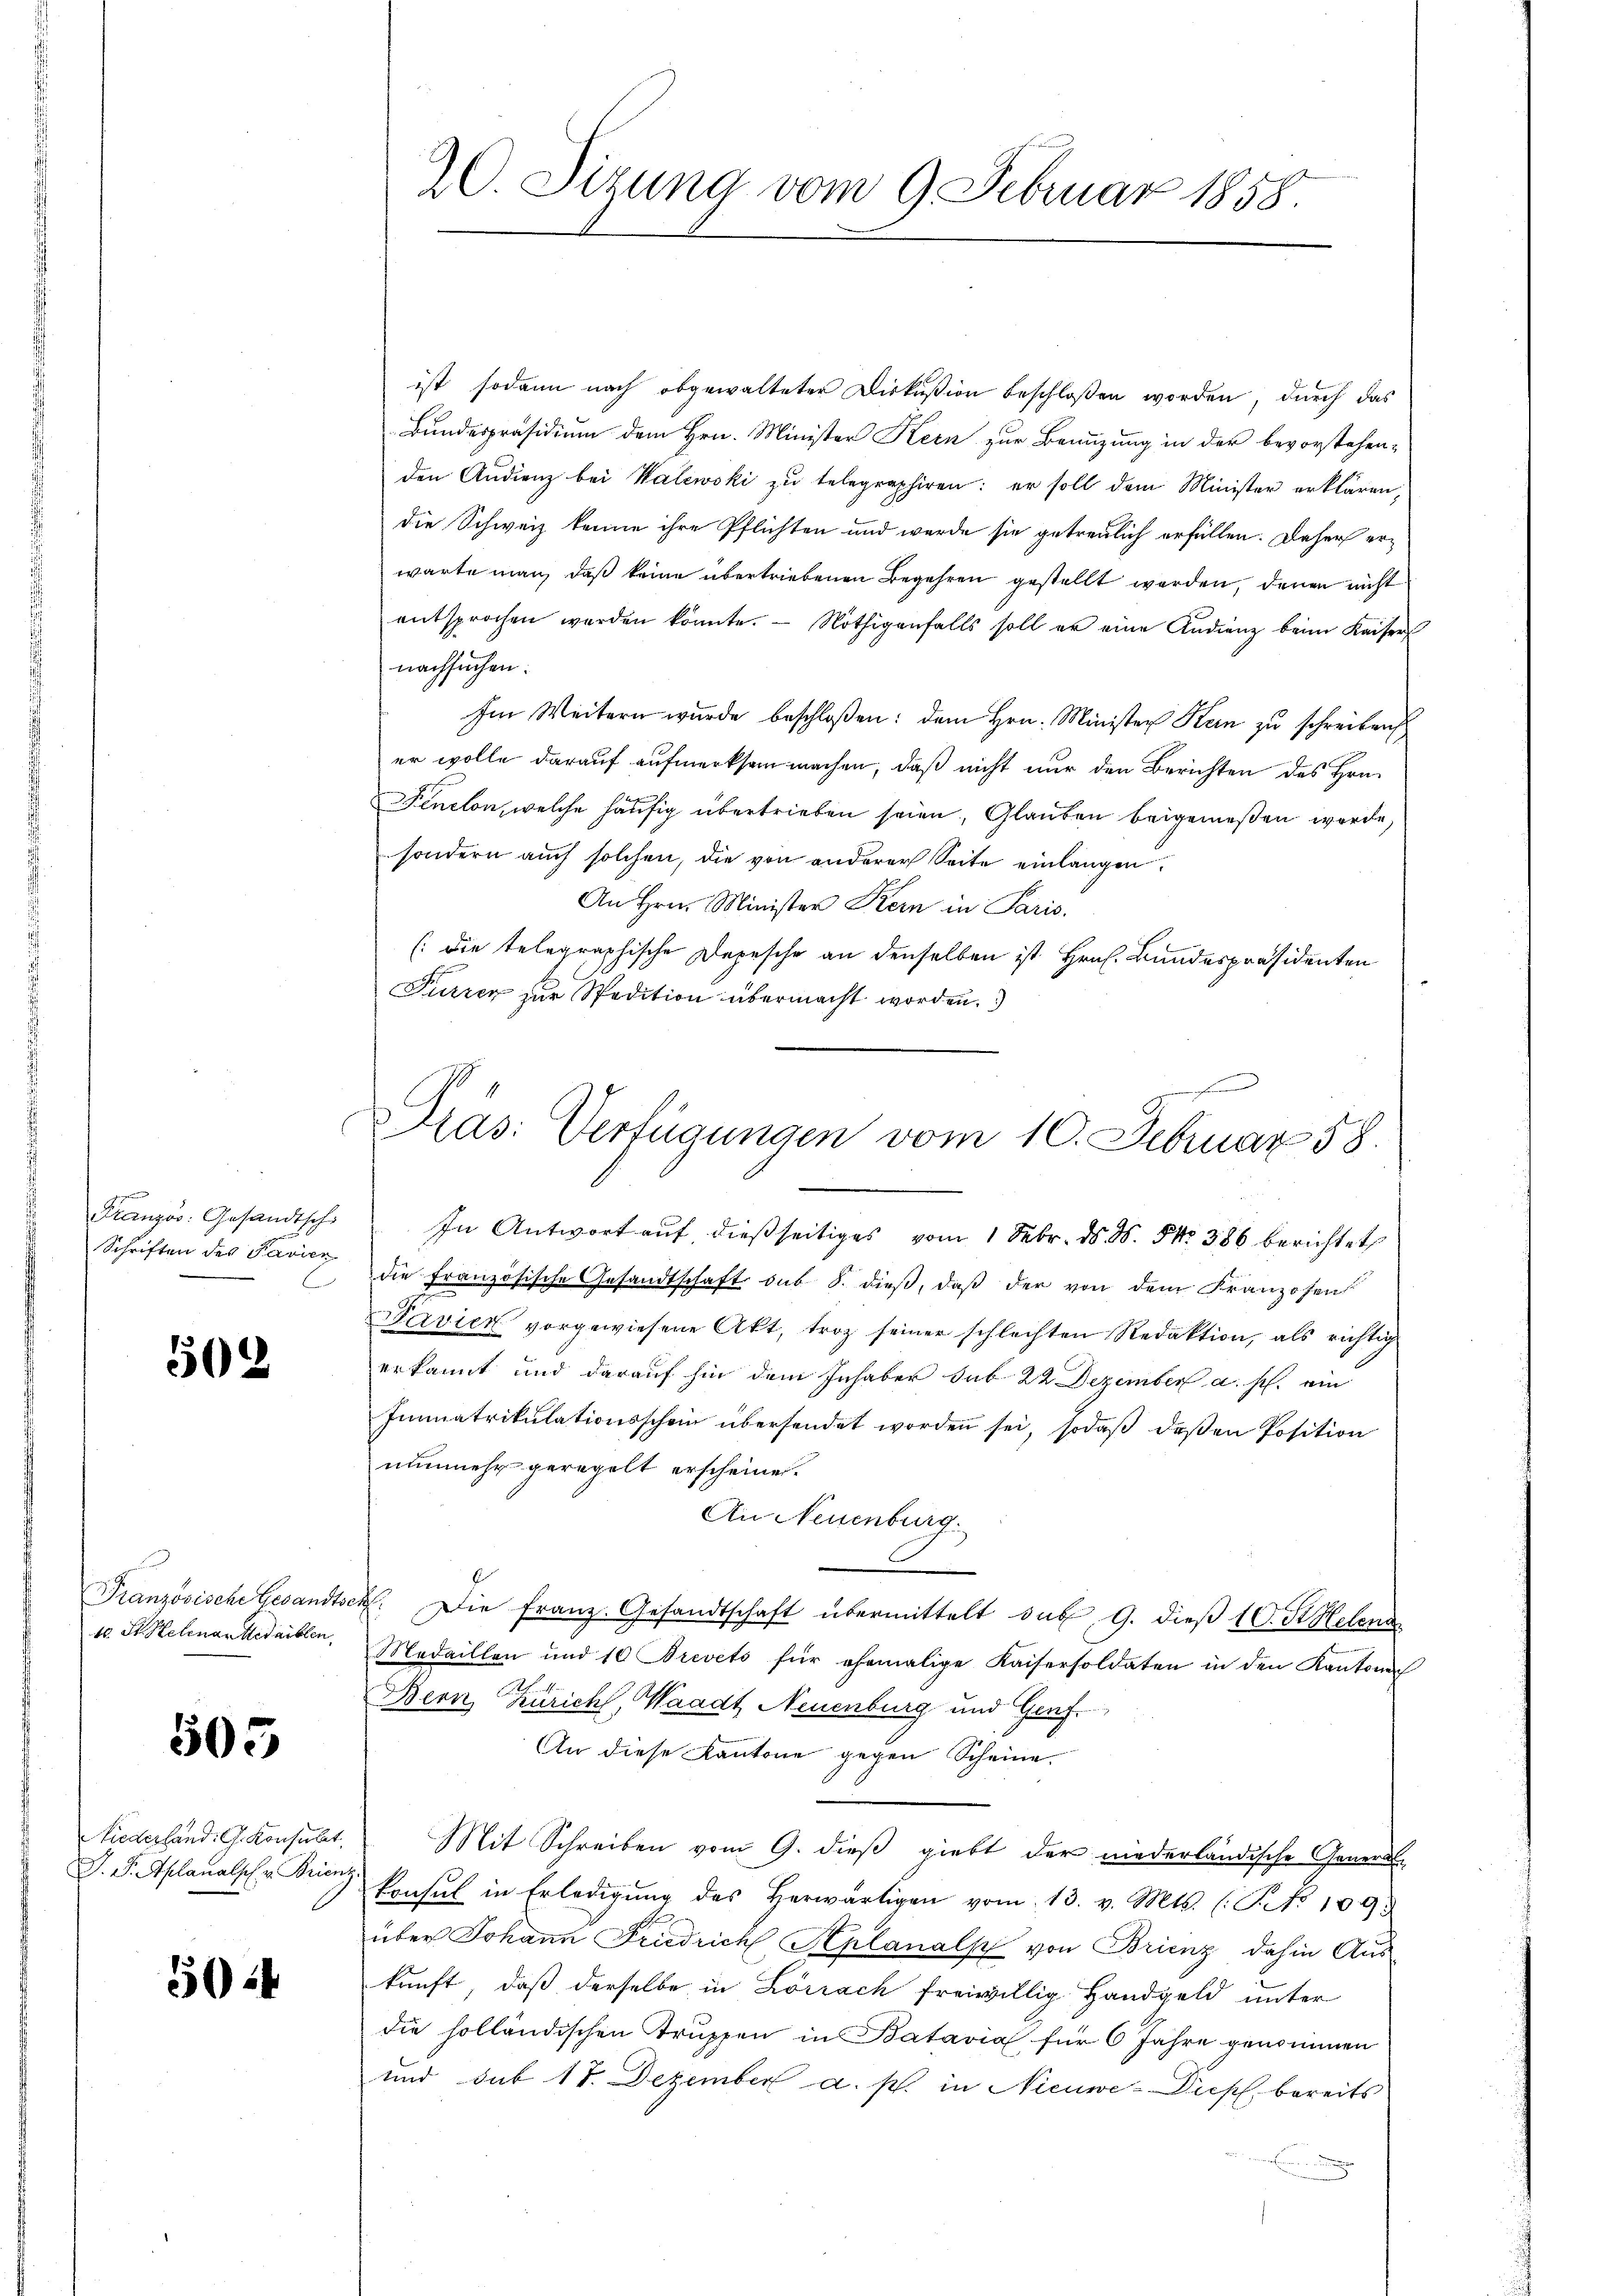
Französ. Gesandtsch
Schriften des Pavien
C

502

Französische Gesandtsc
k. St. Helinar Medaillen.

505

Niederland. G. Konsurbet
J. P. Aplanalsch u. Brienz

5024

ist sodann nach abgewalteter Diskußion beschloßen worden, durch das
Bundespräsidium dem Hrn. Minister Kern zur Benutzung in der bevorstehen-
den Audienz bei Walewski zu telegraphiren: er soll dem Minister erklären,
die Schweiz kenne ihre Pflichten und werde sie getreulich erfüllen. Daher erwarte man, daß keine übertriebenen Begehren gestellt werden, denen nicht
entsprochen werden könnte. Nöthigenfalls soll er eine Audienz beim Kaiser
nachsuchen.
Im Weitern wurde beschloßen: dem Hrn. Minister Kein zu schreiben
er wolle darauf aufmerksam machen, daß nicht nur den Berichten des Hrn.
Fenclon, welche häufig übertrieben seien, Glauben beigemeßen werde,
sondern auch solchen, die von anderer Seite einlangen.
An Hrn. Minister Kern in Paris.
(die telegraphische Depesche an denselben ist Hrn. Bundespräsidenten
Furrer zur Spedition übermacht worden.

20. Sitzung vom 9. Februar 1858.

Präs: Verfügungen vom 10. Februar 58.

In Antwort auf dießseitiges vom 1 Febr. d. d. 5. 386 berichtet
die französische Gesandtschaft sub 8. dieß, daß der von dem Franzosen
Pavier vorgewiesene Akt, troz seiner schlechten Redaktion, als richtig
erkannt und darauf hin dem Inhaber sub 22 Dezember a. p. ein
Imnnatrikulationsschein übersendet worden sei, sodaß deßen Position
nunmehr geregelt erscheinen.
An Neuenburg.
e
. Die franz. Gesandtschaft übermittelt sub. 9. dieß 10. St. Helena
Medaillen und 10 Brevets für ehemalige Kaisersoldaten in den Kantonen
Bern Zürich, Waadt Neuenburg und Genf
An diese Kantone gegen Scheine
Mit Schreiben vom 9. dieß giebt der niederländische General-
konsul in Erledigŭng des herwärtigen vom 13. v. Mts. (T. 109.
über Johann Friedrich, Keplanalp von Brienz dahin Aus-
kunft, daß derselbe in Lörrach freiwillig Handgeld unter
die holländischen Truppen in Batavia für 6 Jahre genommen
und sub 17. Dezember a. p. in Nieuwe-Diepf, bereits